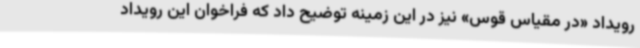
رویداد «در مقیاس قوس» نیز در این زمینه توضیح داد که فراخوان این رویداد